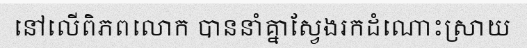
នៅលើពិភពលោក បាននាំគ្នាស្វែងរកដំណោះស្រាយ